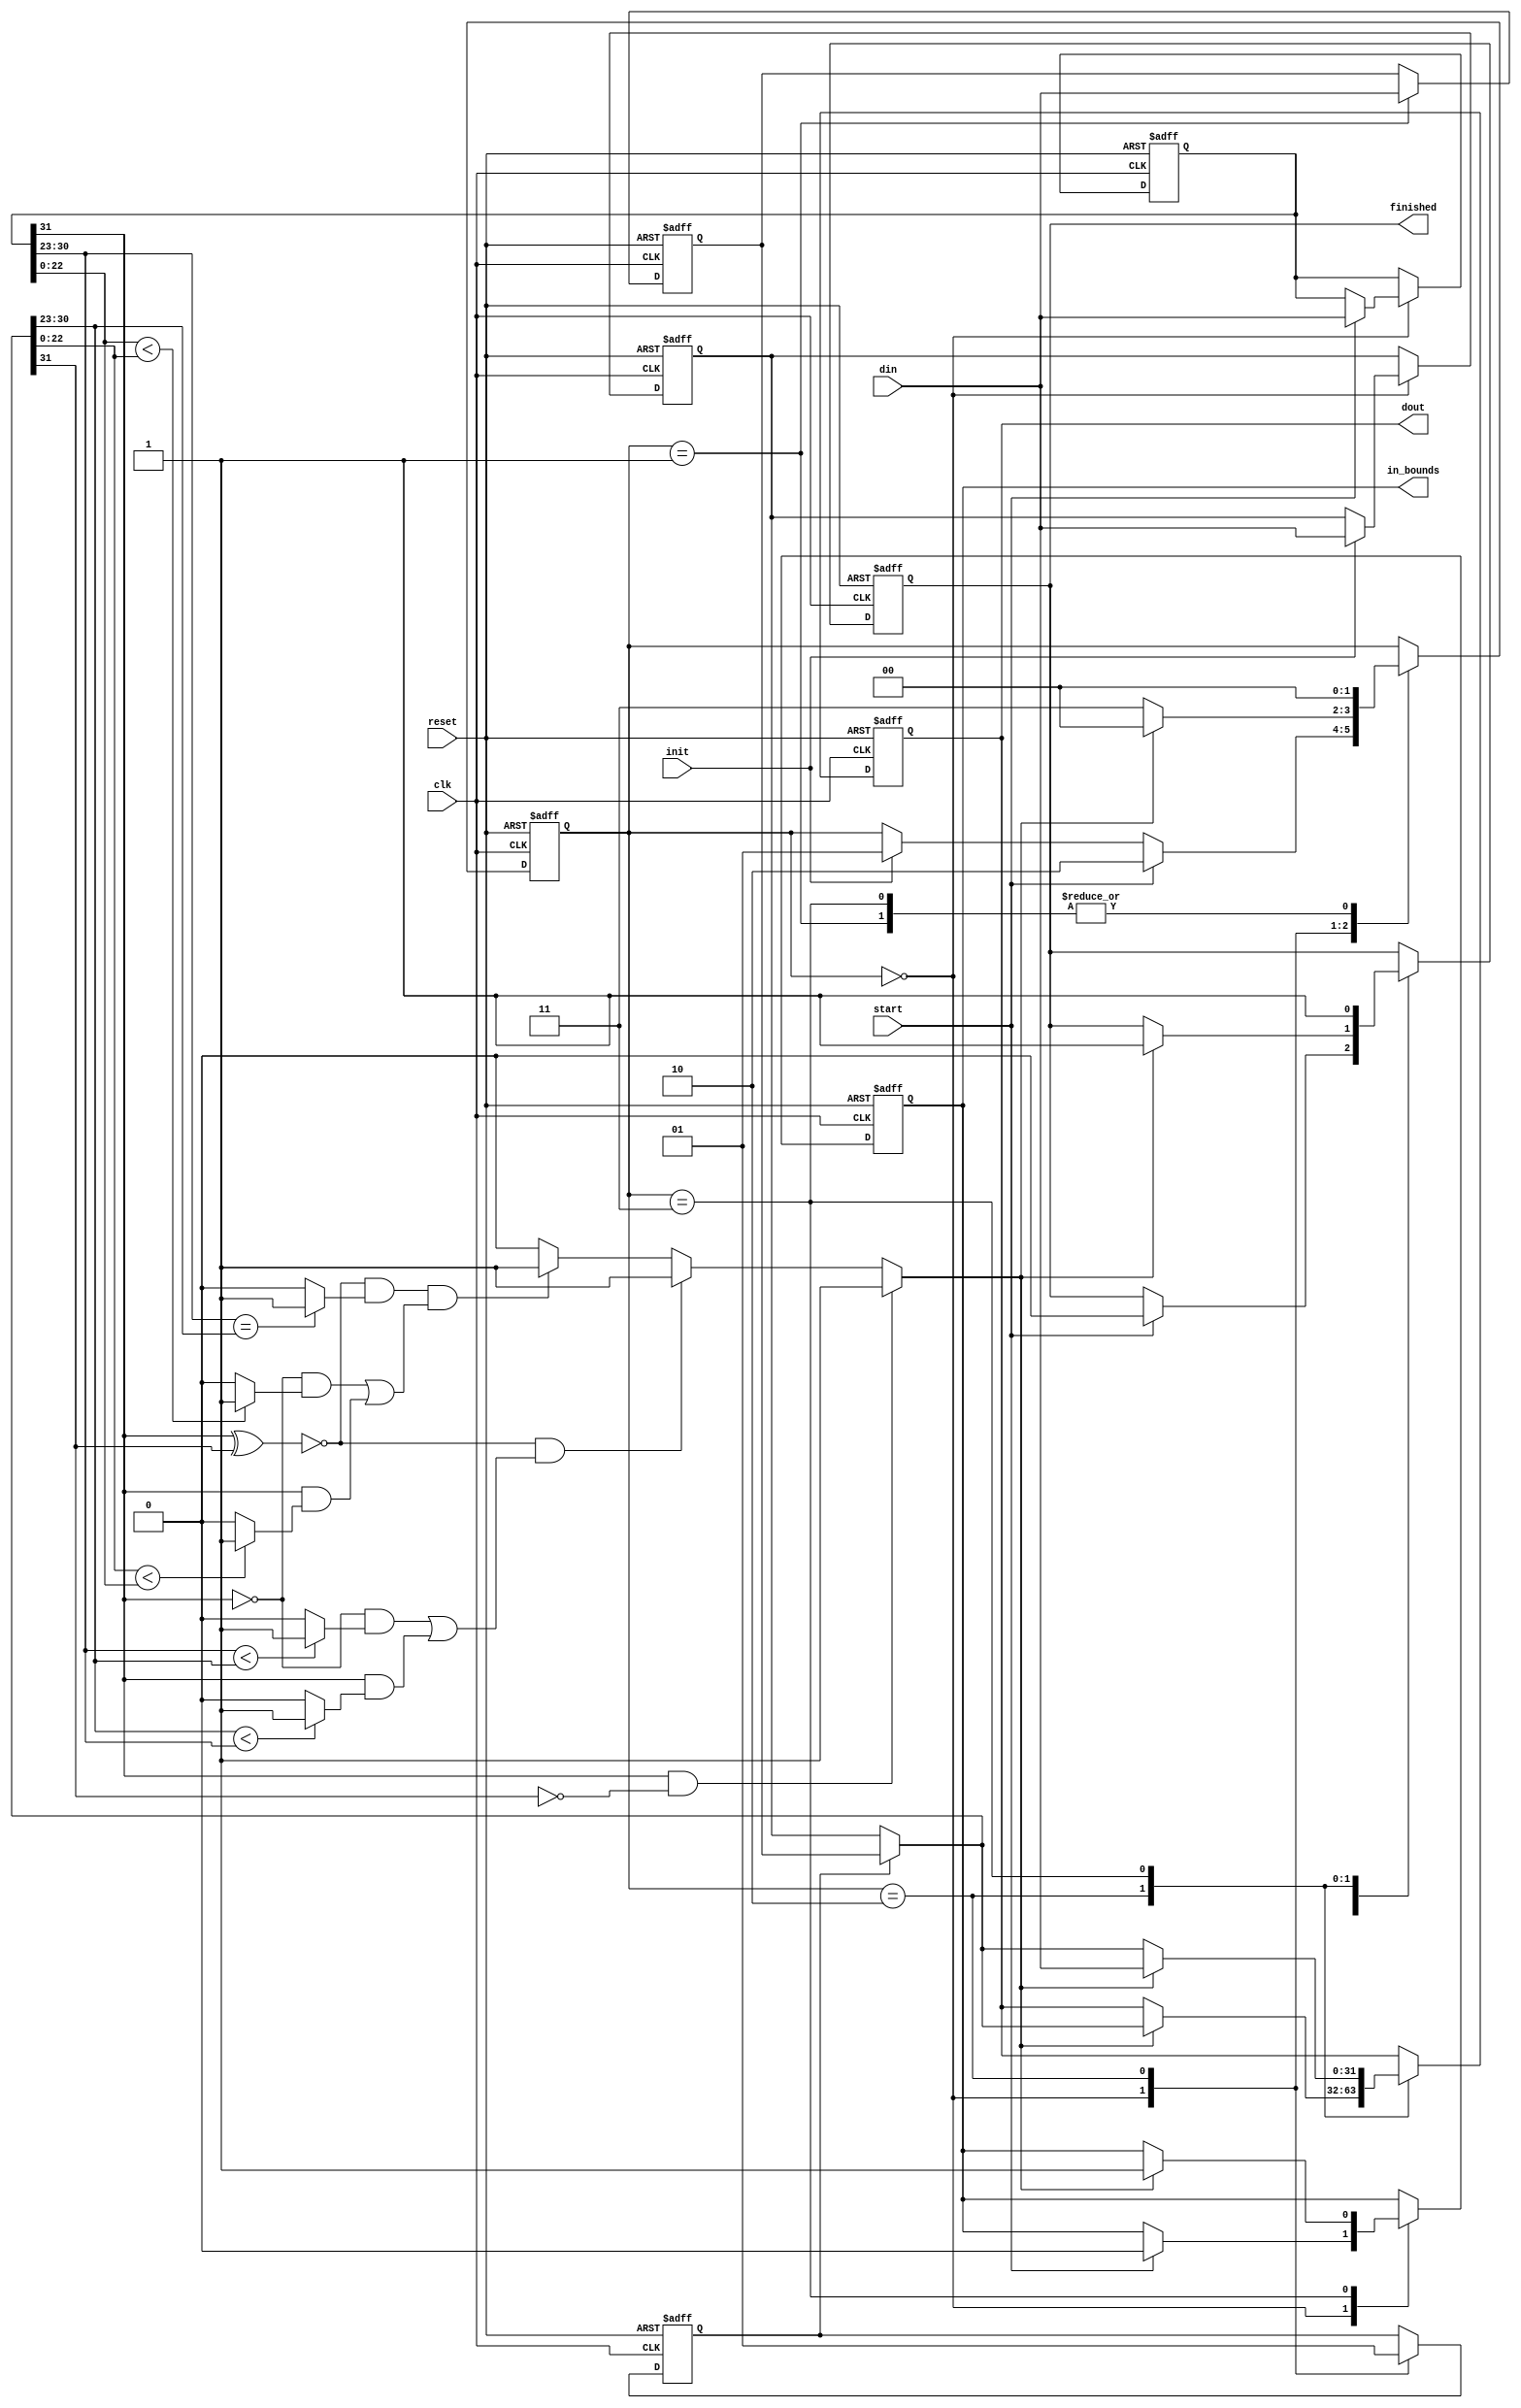
/*
Single precision floating point clipper fsmd --
clips SP-FP input data to between two bounds (low/high)
that are contained internal registers.  

The FSM has four states:

 S0 - reset state,load the low bound register
 S1 - load the high bound register

 S2, S3 - normal operation mode, requires two
clocks to input a value and clip it. The 'finished'
output is asserted when done, the 'in_bounds' output
is asserted if the data input was in-bounds.

*/

module clk_fboundsp_1blk(clk,reset,din,init,start,dout,in_bounds,finished);

input clk,reset;
input   [31:0] din;
input init,start;
output  [31:0] dout;
output in_bounds, finished;


`define s0 'b00
`define s1 'b01
`define s2 'b10
`define s3 'b11

reg in_bounds, finished;
reg   [31:0] dout;

reg bnd_sel;
reg  [31:0] high_bnd_reg;
reg  [31:0] low_bnd_reg;
reg  [1:0] state_reg;
wire  [31:0] b;
wire  [31:0] a;
reg  [31:0] a_reg;
reg  a_lt_b;

wire  [7:0] b_exp;
wire  [7:0] a_exp;
wire  [22:0] b_man;
wire  [22:0] a_man;
wire  sign_lt;
wire  sign_eq;
reg  exp_lt;
reg  exp_gt;
reg  exp_eq;
reg  man_lt;
reg  man_gt;

//dpath
//                         ==1            ==0
assign  b = bnd_sel ? high_bnd_reg : low_bnd_reg;

assign  a = a_reg;

assign  b_exp = b[30:23];
assign  b_man = b[22:0];

assign  a_exp = a[30:23];
assign  a_man = a[22:0];

assign  sign_lt = (a[31] & ~b[31]);
assign  sign_eq = ~(a[31]^b[31]);

//assign  exp_lt = (a_exp < b_exp)? 1 : 0;
always @(a_exp or b_exp) begin
  exp_lt = 0;
  if (a_exp < b_exp) exp_lt = 1;
end

//assign  exp_gt = (b_exp < a_exp)? 1 : 0;
always @(a_exp or b_exp) begin
  exp_gt = 0;
  if (b_exp < a_exp) exp_gt = 1;
end

//assign  exp_eq = (a_exp == b_exp)? 1 : 0;
always @(a_exp or b_exp) begin
  exp_eq = 0;
  if (a_exp == b_exp) exp_eq = 1;
end

//  man_lt <=  '1' when (a_man < b_man) else '0';

always @(a_man or b_man) begin
  man_lt = 0;
  if (a_man < b_man) man_lt = 1;
end

//  man_gt <=  '1' when (b_man < a_man) else '0';
always @(a_man or b_man) begin
  man_gt = 0;
  if (b_man < a_man) man_gt = 1;
end



always @(sign_lt or sign_eq or exp_lt or exp_gt or exp_eq or man_lt or man_gt or a[31])
begin
  a_lt_b = 0;
  if (sign_lt == 1) begin
   a_lt_b = 1;
  end
  else if (sign_eq == 1  &&
           ( ((a[31] == 0) && exp_lt == 1) ||
               ((a[31] == 1) && exp_gt == 1))) begin
        a_lt_b = 1; 
      end
   else if (sign_eq == 1 && exp_eq == 1 &&
             (((a[31] == 0) && (man_lt == 1)) ||
              ((a[31] == 1) && (man_gt == 1))) ) begin
        a_lt_b = 1;   
      end       
end

//ctrl

//all outputs are on dffs

always @(posedge clk or negedge reset) begin

  if (reset == 0) begin
     state_reg <= 0;
     low_bnd_reg <= 0;
     high_bnd_reg <= 0;
     finished <= 1;
     in_bounds <= 0 ;
     bnd_sel <= 0;
     dout <= 0;
     a_reg <= 0;
  end
  else begin
  //state machine
    case (state_reg) 
      `s0: begin
            bnd_sel <= 0;
            if (init == 1) begin
              state_reg <= `s1;
              low_bnd_reg <= din;
            end
            if (start == 1) begin
             finished <= 0;
             in_bounds <= 0;
             a_reg <= din;
             state_reg <= `s2;
            end
          end
      `s1: begin
            high_bnd_reg <= din;
	    state_reg <= `s0;
           end
      `s2: begin
             bnd_sel <= 1;
             if (a_lt_b == 1) begin
               finished <= 1;
               dout <= b;
               state_reg <= `s0;
             end
             else begin
               state_reg <= `s3;
             end
           end
      `s3: begin
            finished <= 1;
            state_reg <= `s0;
            if (a_lt_b == 1) begin
             in_bounds <= 1;
             dout <= din;
            end
            else begin
              dout <= b;
            end
           end
      default: state_reg <= `s0;
    endcase
  
  end
  
end //end always




endmodule